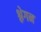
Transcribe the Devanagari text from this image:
श्लेगन